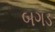
બગડ